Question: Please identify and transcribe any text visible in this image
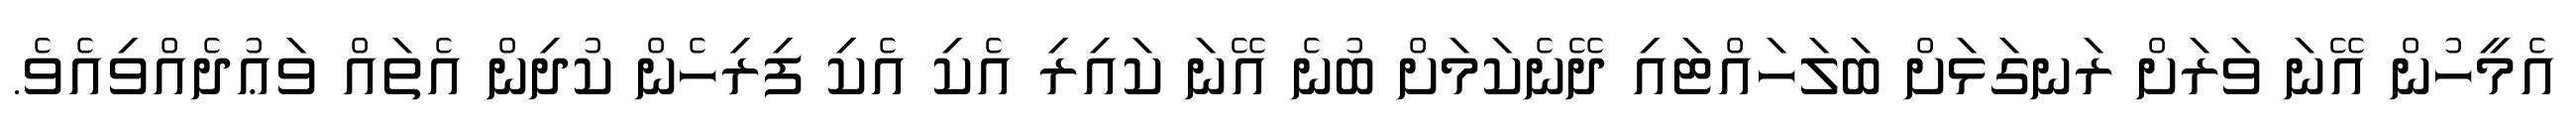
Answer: އެމީހުން އޭނަ ވަރަށް ރަނގަޅަށް ބަލަހައްޓައި ދޭނެކަމަށް ބުނެ އޭނަ ކައިރި އެކި އެކި ފިރިހެން ކުދިން އެތައް ވަޢުދެއްވިއެވެ.